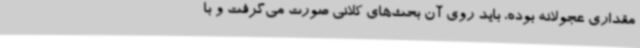
مقداری عجولانه بوده، باید روی آن بحث‌های کلانی صورت می‌گرفت و با